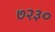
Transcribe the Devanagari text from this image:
७२३०